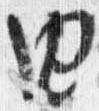
由